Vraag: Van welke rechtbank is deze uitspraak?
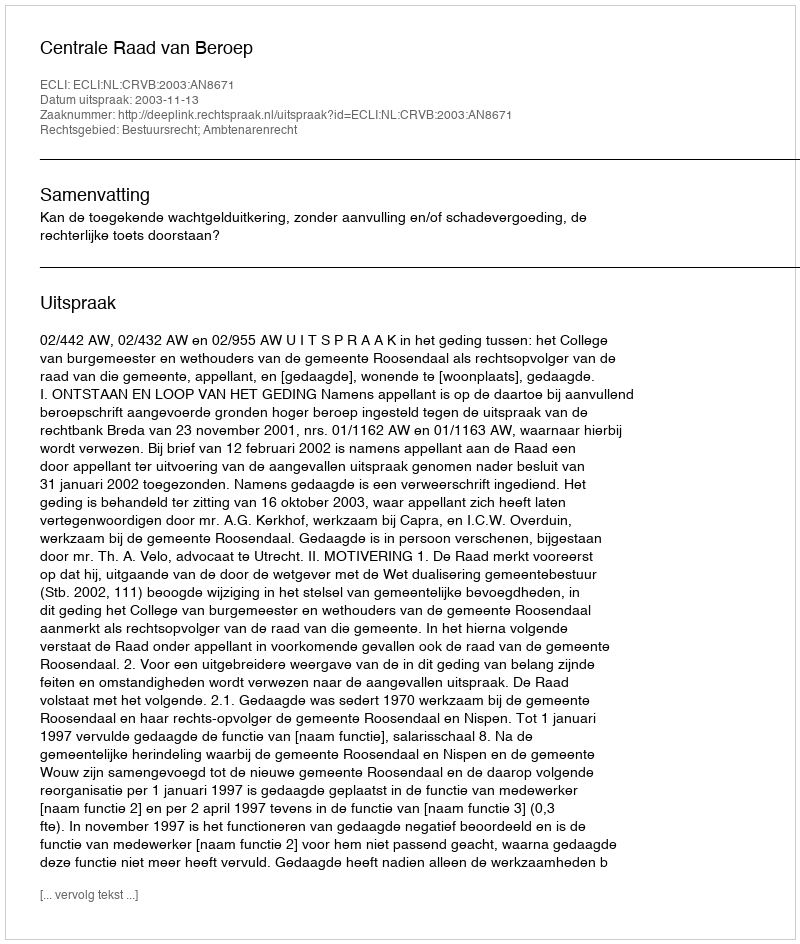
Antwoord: Centrale Raad van Beroep